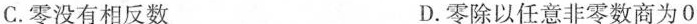
C.零没有相反数 D.零除以任意非零数商为0